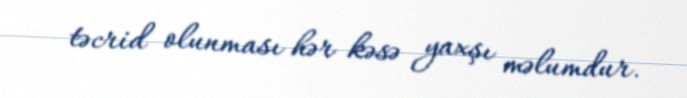
təcrid olunması hər kəsə yaxşı məlumdur.